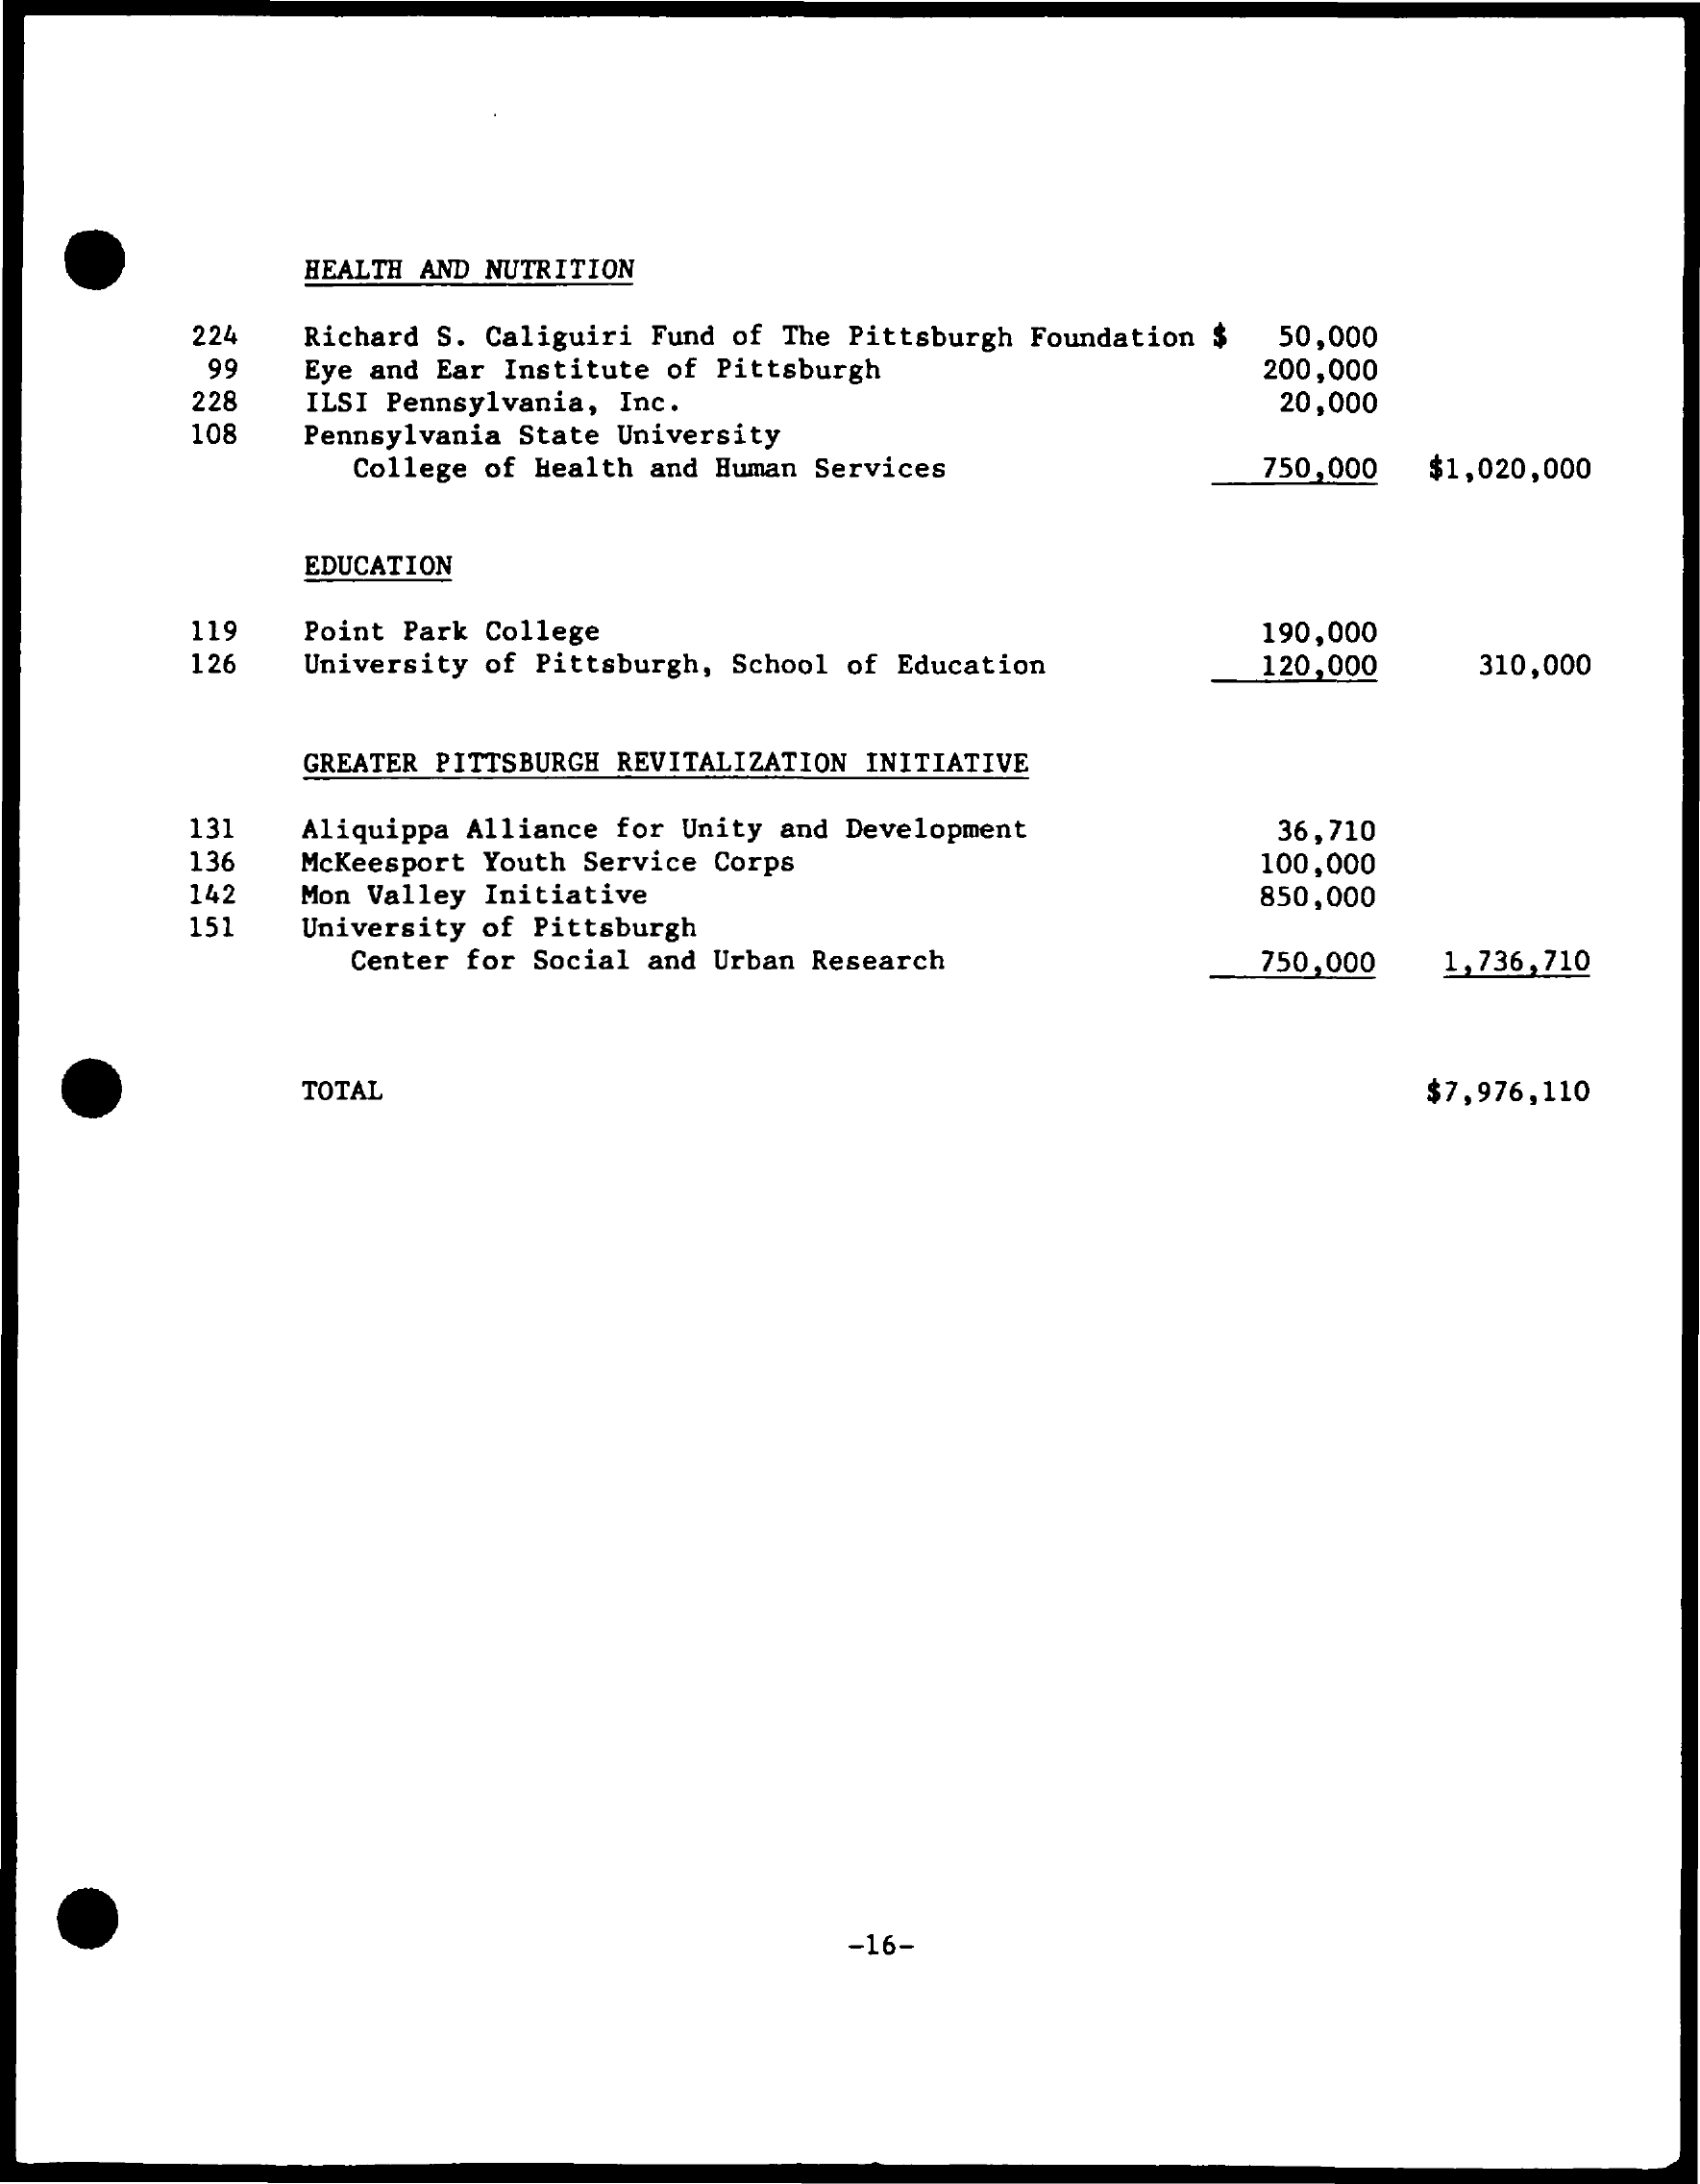
HEALTH AND NUTRITION
     224  Richard S. Caliguiri Fund of The Pittsburgh Foundation $
     99
     50,000
     Eye and Ear Institute of Pittsburgh    200,000
     228  ILSI Pennsylvania, Inc.    20,000
     108  Pennsylvania State University
     College of Health and Human Services 750,000 $1,020,000
     EDUCATION
     119  Point Park College    190,000
     126  University of Pittsburgh, School of Education 120,000 310,000
     GREATER PITTSBURGH REVITALIZATION INITIATIVE
     131  Aliquippa Alliance for Unity and Development 36,710
     136  Mckeesport Youth Service Corps    100,000
     142  Mon Valley Initiative
     University of Pittsburgh
     850,000
     151
     Center for Social and Urban Research 750,000 1,736,710
     TOTAL    $7,976,110
     -16-